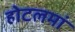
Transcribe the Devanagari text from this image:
होटलमां